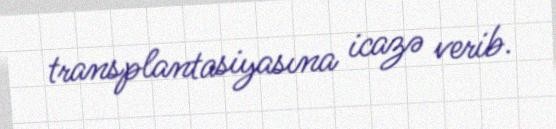
transplantasiyasına icazə verib.